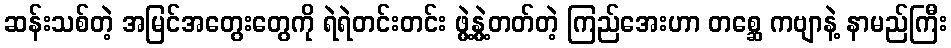
ဆန်းသစ်တဲ့ အမြင်အတွေးတွေကို ရဲရဲတင်းတင်း ဖွဲ့နွဲ့တတ်တဲ့ ကြည်အေးဟာ တစ္ဆေ ကဗျာနဲ့ နာမည်ကြီး